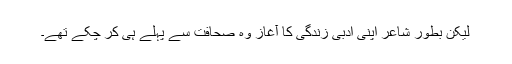
لیکن بطور شاعر اپنی ادبی زندگی کا آغاز وہ صحافت سے پہلے ہی کر چکے تھے۔